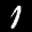
Label: 1